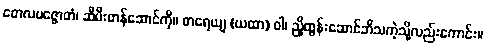
တေလပဇ္ဇောတံ၊ ဆီမီးတန်ဆောင်ကို။ ဓာရေယျ (ယထာ) ဝါ၊ ညှိထွန်းဆောင်ဘိသကဲ့သို့လည်းကောင်း။